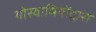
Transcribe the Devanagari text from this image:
गोस्वामियोंद्वारा